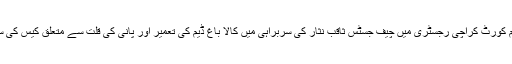
ہفتے کو سپریم کورٹ کراچی رجسٹری میں چیف جسٹس ثاقب نثار کی سربراہی میں کالا باغ ڈیم کی تعمیر اور پانی کی قلت سے متعلق کیس کی سماعت ہوگئی۔